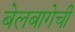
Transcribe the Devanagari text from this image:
बेलबागेची